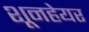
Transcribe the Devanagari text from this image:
शूनहेयर